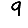
Digit: 9